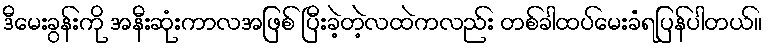
ဒီမေးခွန်းကို အနီးဆုံးကာလအဖြစ် ပြီးခဲ့တဲ့လထဲကလည်း တစ်ခါထပ်မေးခံရပြန်ပါတယ်။